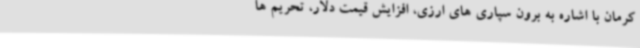
کرمان با اشاره به برون سپاری های ارزی، افزایش قیمت دلار، تحریم ها